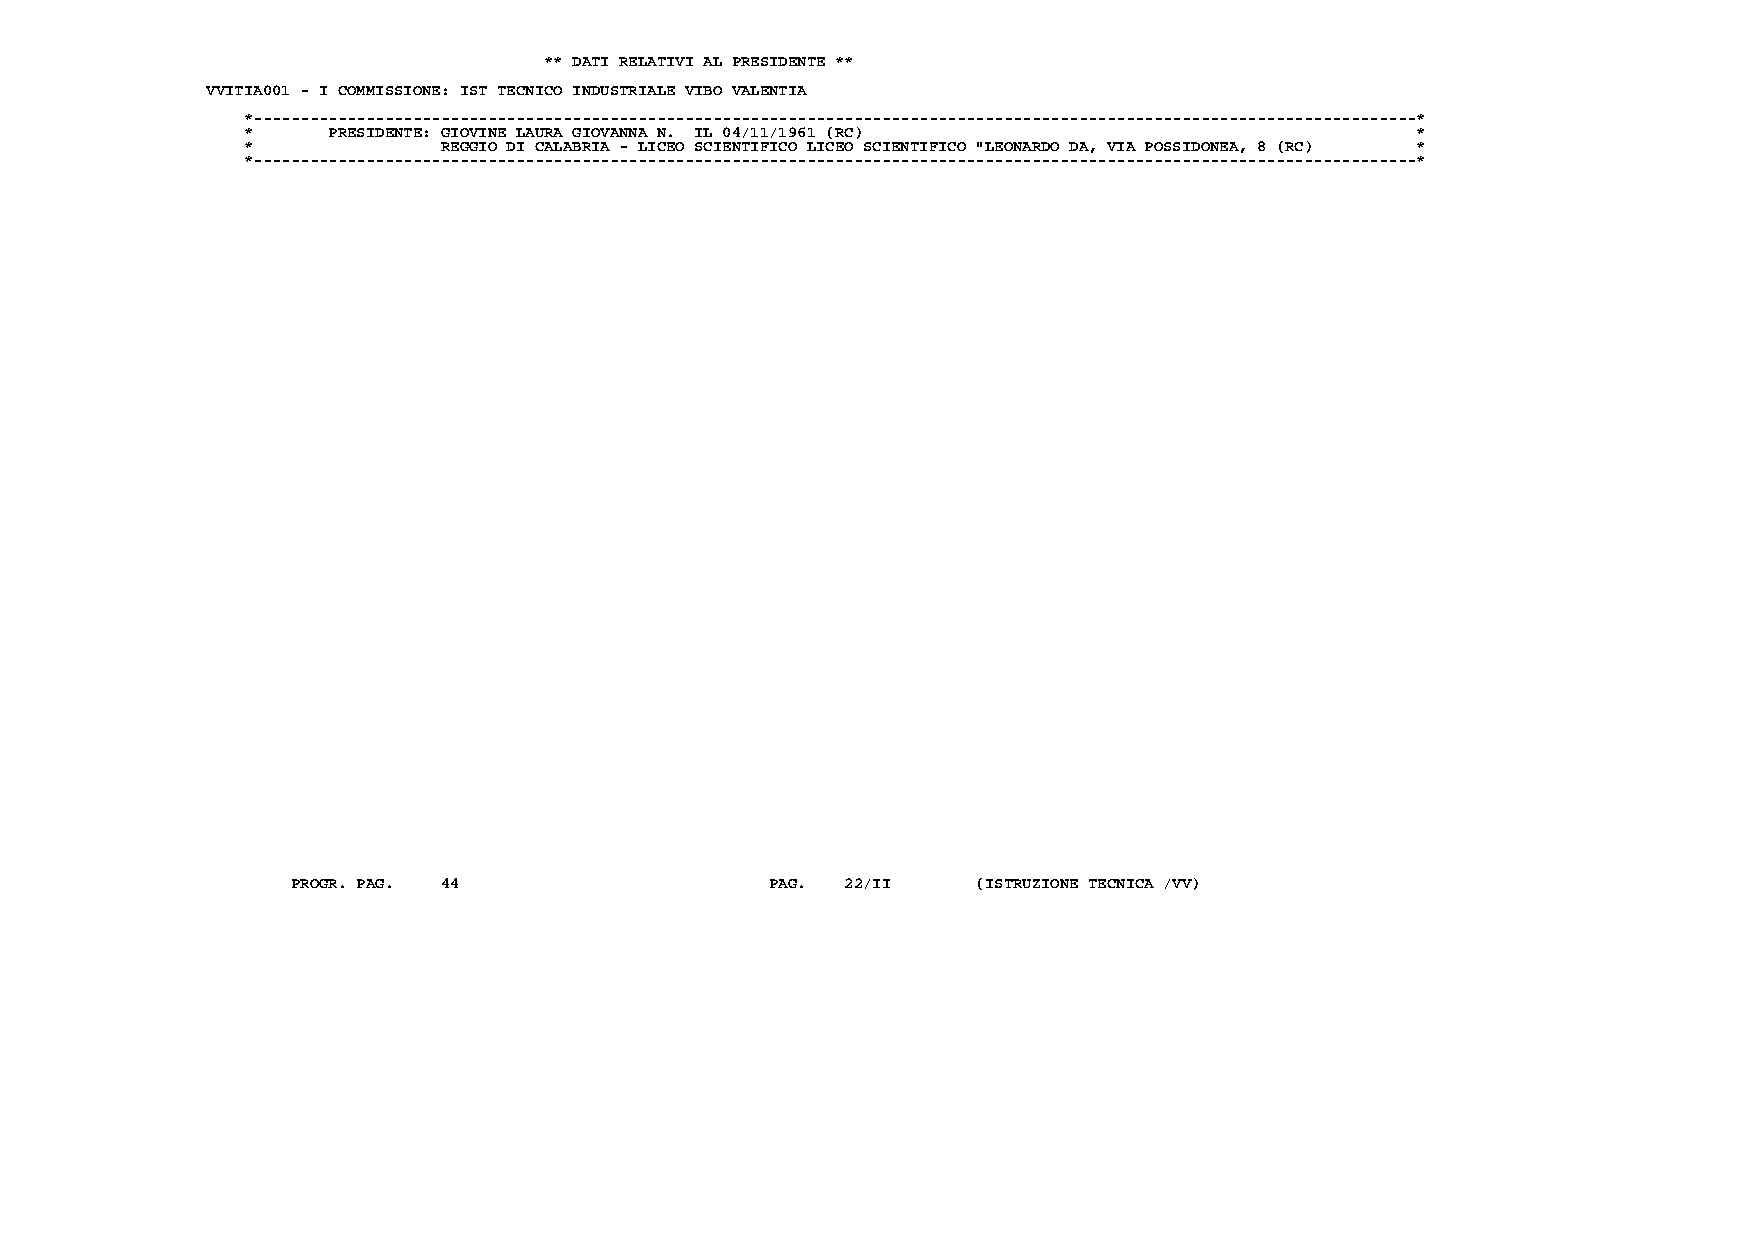
** DATI RELATIVI AL PRESIDENTE **
 VVITIA001 - I COMMISSIONE: IST TECNICO INDUSTRIALE VIBO VALENTIA
 *----------------------------------------------------------------------------------------------------------------------------*
 *     PRESIDENTE: GIOVINE LAURA GIOVANNA N. IL 04/11/1961 (RC)                *
 *            REGGIO DI CALABRIA - LICEO SCIENTIFICO LICEO SCIENTIFICO "LEONARDO DA, VIA POSSIDONEA, 8 (RC) *
 *----------------------------------------------------------------------------------------------------------------------------*
 PROGR. PAG. 44                  PAG. 22/II    (ISTRUZIONE TECNICA /VV)